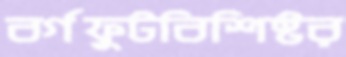
বর্গফুটবিশিষ্টর